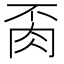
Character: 𦙂